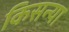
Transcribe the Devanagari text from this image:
किसन्या